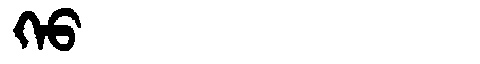
Manchu: ᡴᡝᠣ
Romanization: KEO